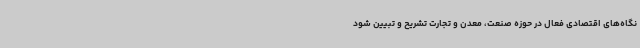
نگاه‌های اقتصادی فعال در حوزه صنعت، معدن و تجارت تشریح و تبیین شود